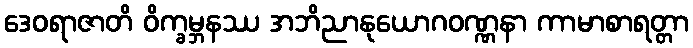
ဒေဝရာဇာတိ ဝိက္ခမ္ဘနဿ အဘိညာနုယောဂဝဏ္ဏနာ ကာမာစာရတ္တာ